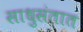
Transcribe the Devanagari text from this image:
साधुसंतात